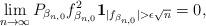
LaTeX: \begin{align*}\lim_{n\rightarrow \infty} { P_{\beta_{n,0}} } f_{\beta_{n,0}}^2\mathbf 1_{|f_{\beta_{n,0}} |> \epsilon \sqrt{n}} =0,\end{align*}